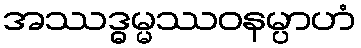
အဿဒ္ဓမ္မဿဝနမ္ပာဟံ